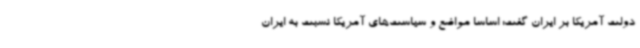
دولت آمریکا بر ایران گفت: اساسا مواضع و سیاست‌های آمریکا نسبت به ایران